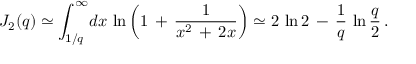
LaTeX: J _ { 2 } ( q ) \simeq \int _ { 1 / q } ^ { \infty } \! d x \, \ln \left( 1 \, + \, \frac { 1 } { x ^ { 2 } \, + \, 2 x } \right) \simeq 2 \, \ln 2 \, - \, \frac { 1 } { q } \, \ln \frac { q } { 2 } \, { . }